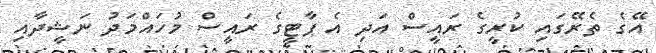
އޭގެ ތެރޭގައި ކުރީގެ ރައީސް އަދި އެ ޕާޓީގެ ރައީސް މުހައްމަދު ނަޝީދާއި